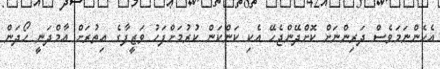
އެހެންނަމަވެސް ދަރިންނަށް ކޮށްދޭންޖެހޭ އެކި ކަންކަން ކުރުމަށްފަހު ވަޒީފާގެ އިތުރަށް އާމްދަނީ ހޯދަން